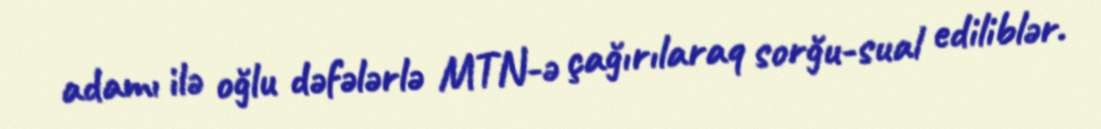
adamı ilə oğlu dəfələrlə MTN-ə çağırılaraq sorğu-sual ediliblər.